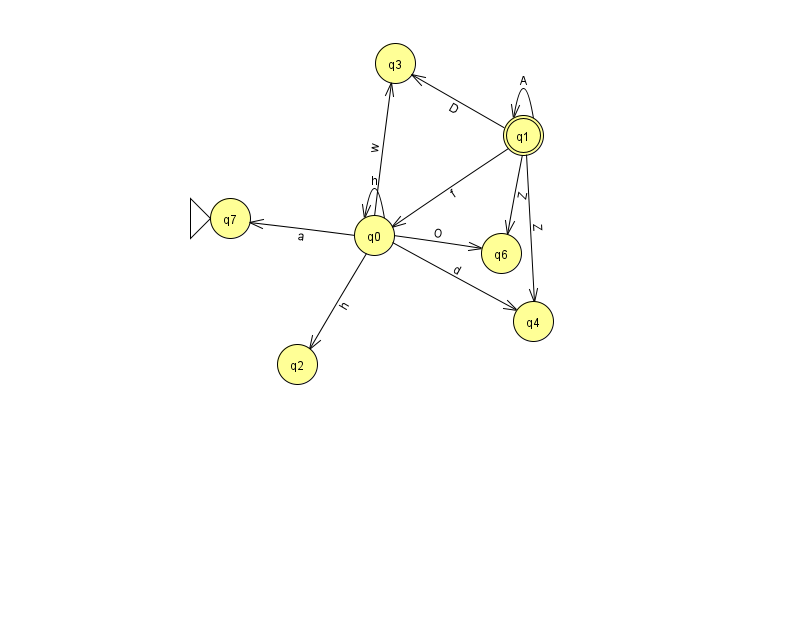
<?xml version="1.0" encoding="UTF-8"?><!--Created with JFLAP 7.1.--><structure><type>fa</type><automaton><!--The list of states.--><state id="0" name="q0"><x>374.0</x><y>222.0</y></state><state id="1" name="q1"><x>523.0</x><y>122.0</y><final/></state><state id="2" name="q2"><x>297.0</x><y>351.0</y></state><state id="3" name="q3"><x>395.0</x><y>50.0</y></state><state id="4" name="q4"><x>533.0</x><y>308.0</y></state><state id="6" name="q6"><x>501.0</x><y>240.0</y></state><state id="7" name="q7"><x>230.0</x><y>205.0</y><initial/></state><!--The list of transitions.--><transition><from>0</from><to>6</to><read>O</read></transition><transition><from>1</from><to>1</to><read>A</read></transition><transition><from>0</from><to>3</to><read>w</read></transition><transition><from>0</from><to>7</to><read>a</read></transition><transition><from>0</from><to>0</to><read>h</read></transition><transition><from>1</from><to>0</to><read>f</read></transition><transition><from>1</from><to>6</to><read>Z</read></transition><transition><from>0</from><to>4</to><read>d</read></transition><transition><from>1</from><to>3</to><read>D</read></transition><transition><from>1</from><to>4</to><read>Z</read></transition><transition><from>0</from><to>2</to><read>h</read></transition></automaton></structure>